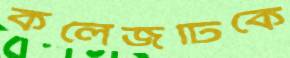
কলেজটিকে